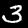
Digit: 3